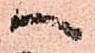
へ